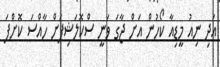
އަދި ނިއު މީޑިއާ ކޯހުން އަށް ޖާގަ ވަނީ ސްކޮލަޝިޕަށް ހާއްސަ ކޮށްފަ